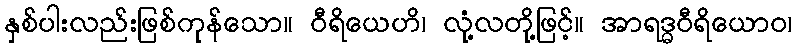
နှစ်ပါးလည်းဖြစ်ကုန်သော။ ဝီရိယေဟိ၊ လုံ့လတို့ဖြင့်။ အာရဒ္ဓဝီရိယောဝ၊